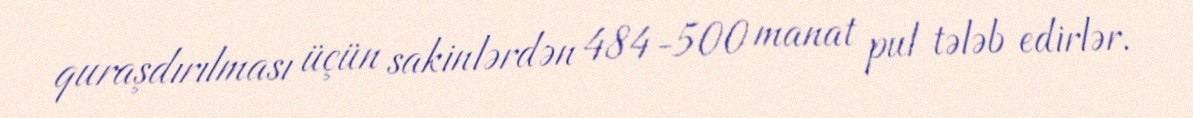
quraşdırılması üçün sakinlərdən 484-500 manat pul tələb edirlər.